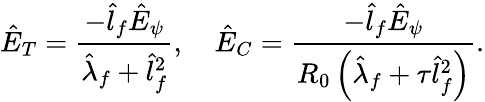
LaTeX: \hat{E}_{T}=\frac{-\hat{l}_{f}\hat{E}_{\psi}}{\hat{\lambda}_{f}+\hat{l}_{f}^{2}},\quad\hat{E}_{C}=\frac{-\hat{l}_{f}\hat{E}_{\psi}}{R_{0}\left(\hat{\lambda}_{f}+\tau\hat{l}_{f}^{2}\right)}.